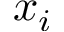
x _ { i }